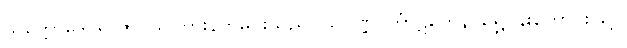
သက္ကောဒေဝရာဇာ၊ သိကြားနတ်မင်းသည်။ သုဝဏ္ဏဝင်္ကာဋိကေန၊ ရွှေပန်းတောင်းဖြင့်။